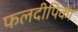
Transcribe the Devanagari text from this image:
फलदीपिका